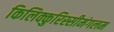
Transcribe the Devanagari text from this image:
किलिक्कुरिस्सीमंगलम